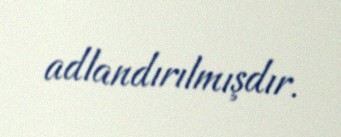
adlandırılmışdır.